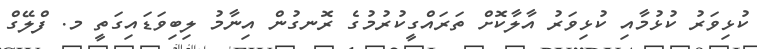
ކުޅިވަރު ކުޅުމާއި ކުޅިވަރު އާލާކޮށް ތަރައްގީކުރުމުގެ ރޮނގުން އިނާމު ލިބިވަޑައިގަތީ މ. ފްލޭގް